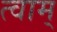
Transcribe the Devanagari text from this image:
त्वाम्